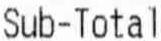
SUB-TOTAL